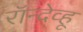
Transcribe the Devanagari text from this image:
रॉन्देव्हू